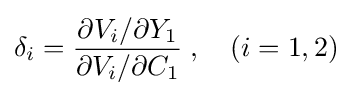
\delta _{i}={\frac {\partial V_{i}/\partial Y_{1}}{\partial V_{i}/\partial C_{1}}}\;,\quad (i=1,2)